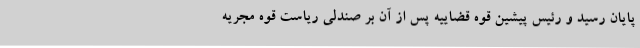
پایان رسید و رئیس پیشین قوه قضاییه پس از آن بر صندلی ریاست قوه مجریه